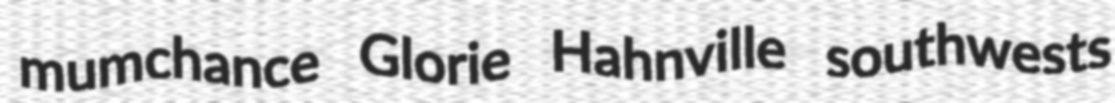
mumchance Glorie Hahnville southwests